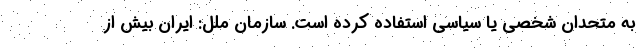
به متحدان شخصی یا سیاسی استفاده کرده است. سازمان ملل: ایران بیش از